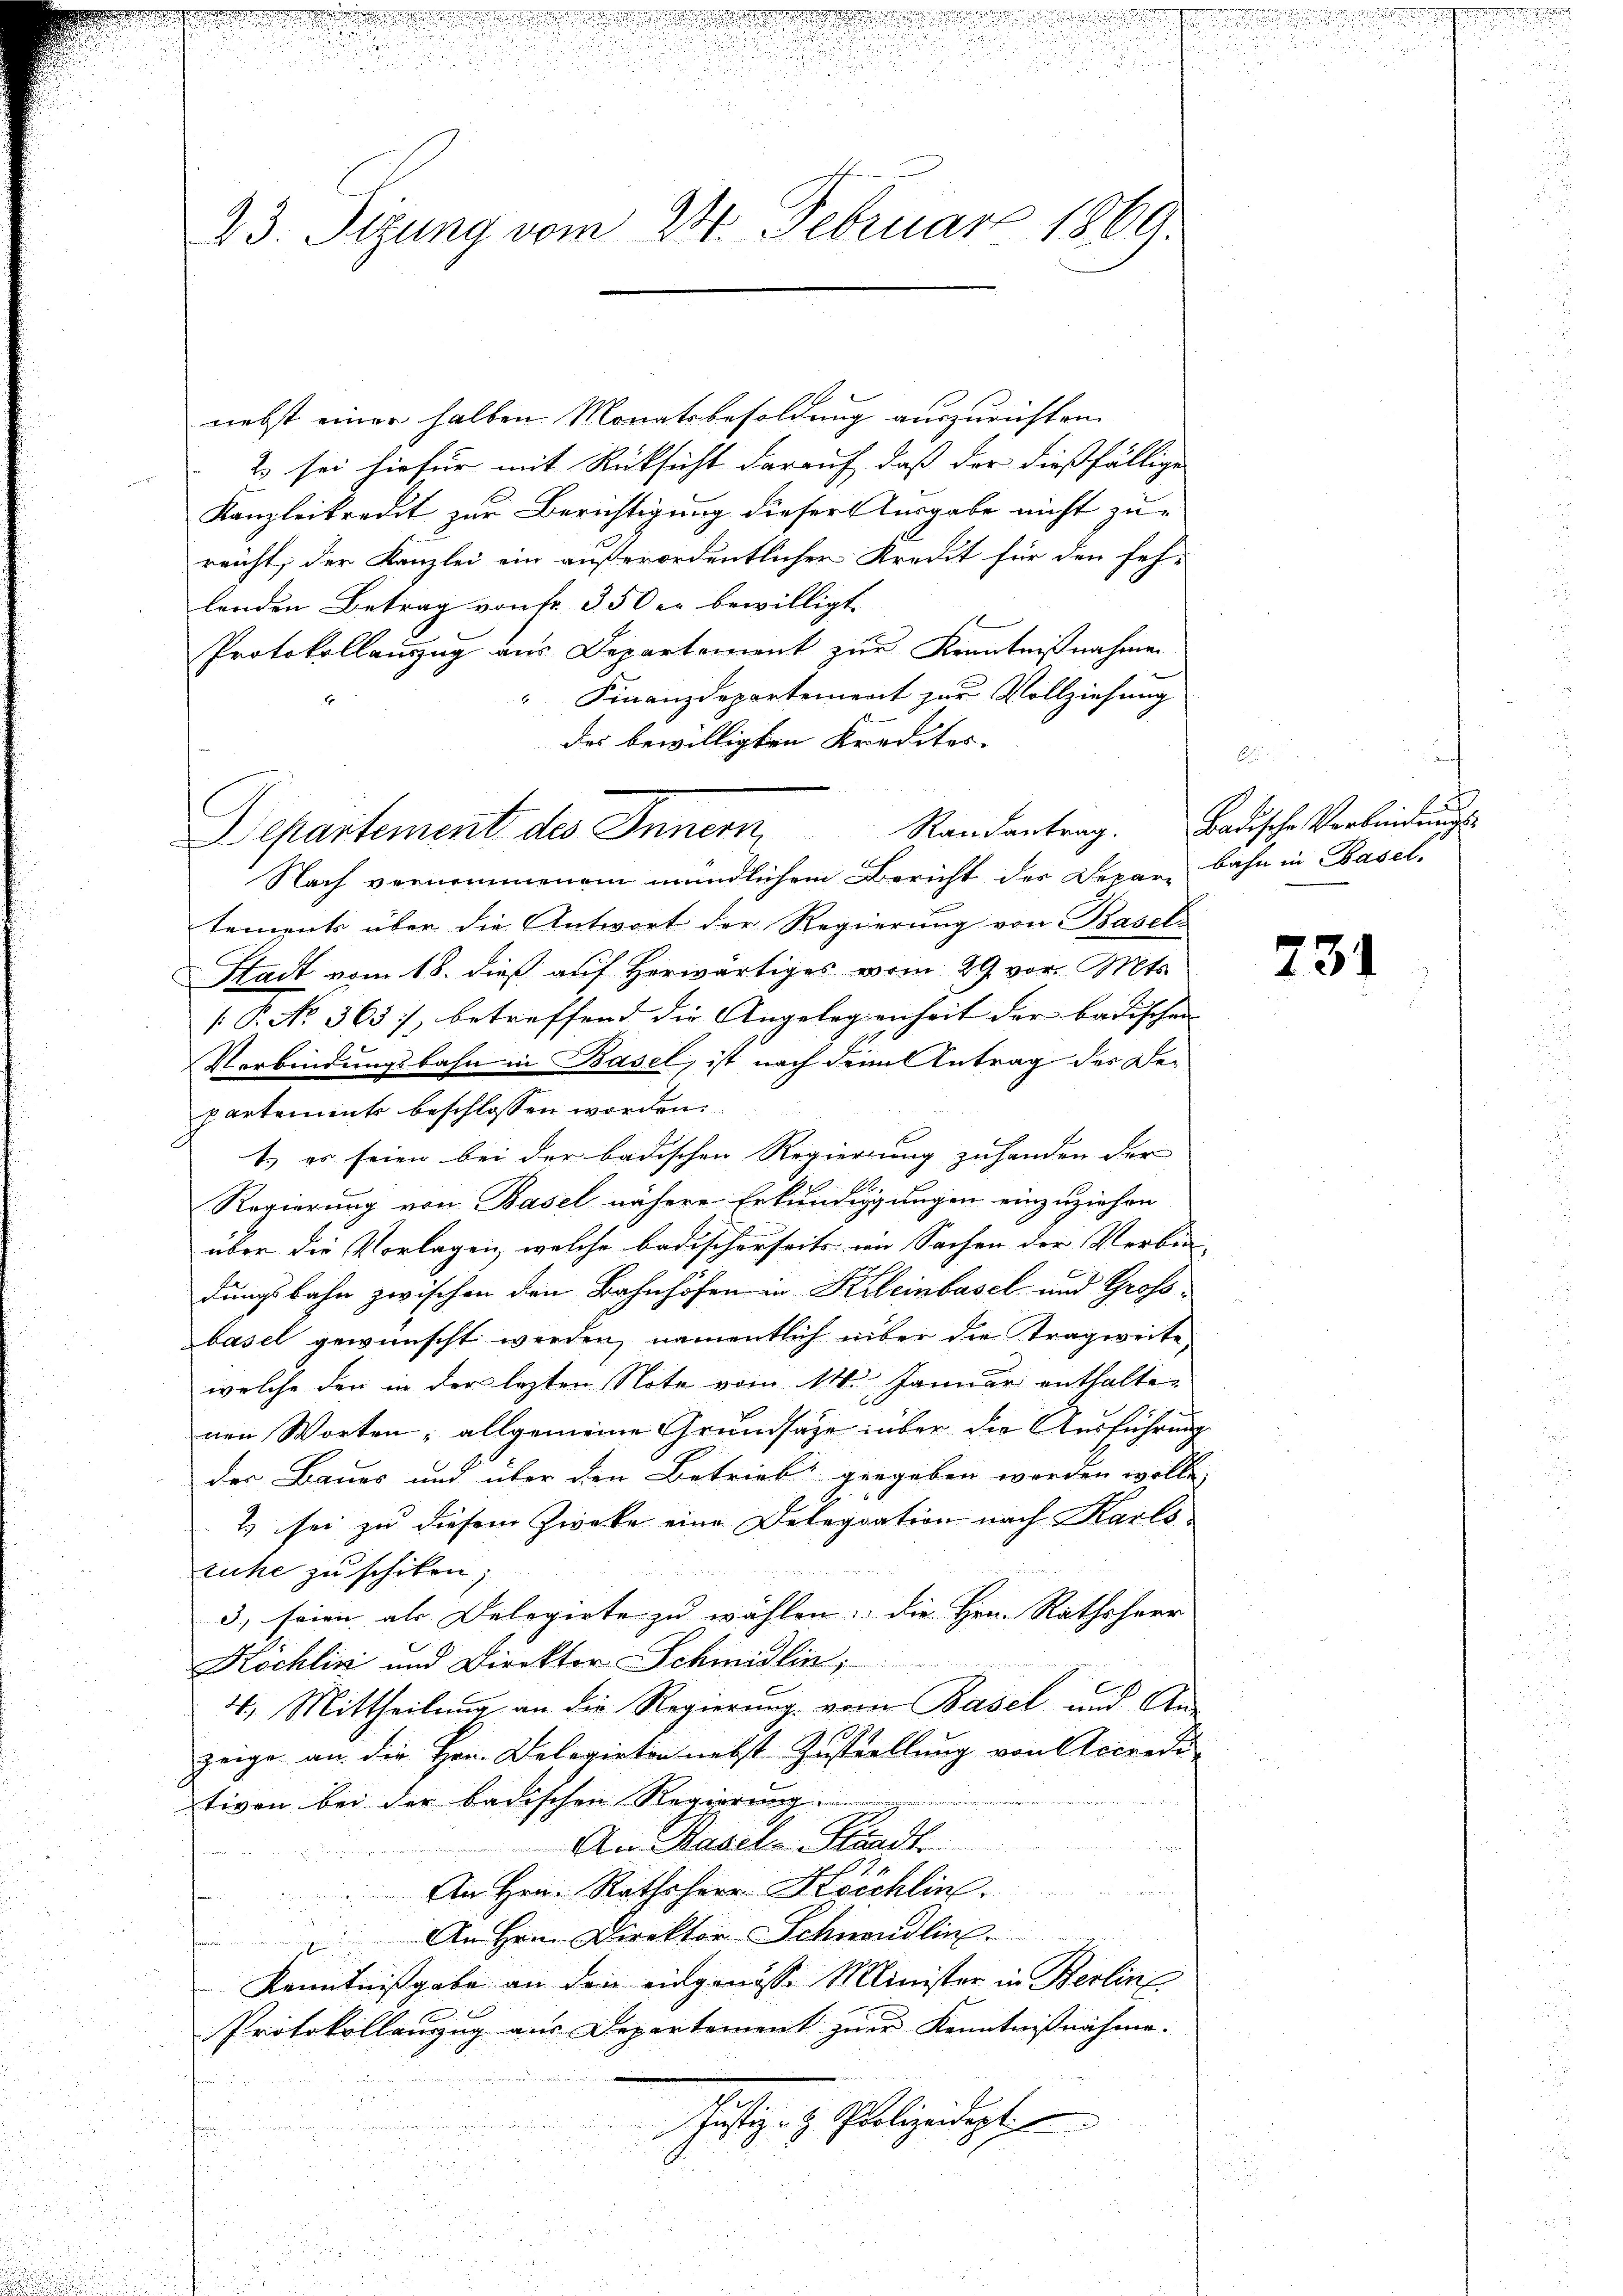
gung de

23. Sizung vom 24. Februar 1869.

nebst einer halben Monatsbesoldung auszurichten.
2) sei hiefür mit Rücksicht darauf, daß der dießfällige

Kanzleikredit zur Berichtigung dieser Ausgabe nicht zu-
reicht, der Kanzlei ein außerordentlicher Kreut für den feh-
lenden Betrag von Fr. 350 er bewilligt.
Protokollanzug aus Departement zur Kenntnißnahmen
" Finanzdepartement zur Vollziehung
des bewilligten Kredites
Randantrag.
Nach vernommenem mündlichem Bericht des Depar Bahn in Basel.
tements über die Antwort der Regierung von Basel-
Stadt vom 18. dieß auf Herwärtiges vom 29. vor. Mts.
 P. No. 365, betreffend die Angelegenheit der badischen
Verbindungsbahn in Basel, ist nach dem Antrag der Departements beschlossen worden.
t er seien bei der badischen Regierung zu handen der |
b
Regierung von Basel nähere Erkundigungen einzuziehen
über die Vorlagen, welche badischerseits im Sachen der Verbi- |
dungsbahn zwischen den Bahnhöfen in Kleinbasel und Großbasel gewünscht werden, namentlich über die Tragweite,
welche den in der letzten Note vom 14. Januar enthalten
nen Worten, allgemeine Grundsatze über die Ausführe
der Baues und über den Betrieb gegeben worden woll
2) sei zu diesem Zweke eine Delegration nach Karlsd
ruhe zu schiken,
3) seien als Delegirte zu wählen, die Hrn. Rathsherr
Köchlin und Direktor Schmidlin,
4. Mittheilung an die Regierung vom Basel und An-
zeige an die Hrn. Delegirten nebst Zustellung von Accredi

tiven bei der badischen Regierung.
An Basel-Standt.
An Hrn. Rathsherr Köschlin
An Hrn Direktor Schnendlin.
Kenntnißgabe an den eingenosse Minister in Berline
Protokollanzug aus Departement zur Kenntnisnahme. |
Justiz- & Polizeidept
u
.
d

Departement des Innern,

af
.
Badische Verbindungs

734

u